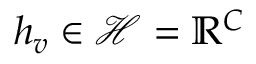
h _ { v } \in \mathcal { H } = \mathbb { R } ^ { C }